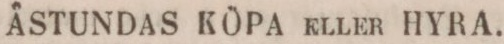
ÅSTUNDAS KÖPA kllkr HYRA.